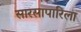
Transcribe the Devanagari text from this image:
सारसापारिला